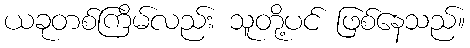
ယခုတစ်ကြိမ်လည်း သူတို့ပင် ဖြစ်နေသည်။